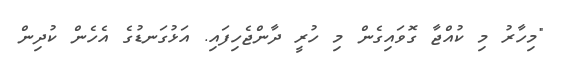
"މިހާރު މި ކުއްޖާ ގޮވައިގެން މި ހުރީ ދާންޖެހިފައި. އަޅުގަނޑުގެ އެހެން ކުދިން